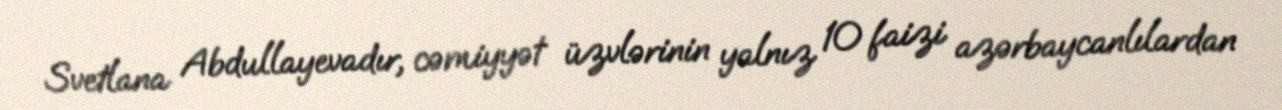
Svetlana Abdullayevadır, cəmiyyət üzvlərinin yalnız 10 faizi azərbaycanlılardan